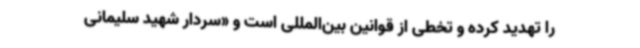
را تهدید کرده و تخطی از قوانین بین‌المللی است و «سردار شهید سلیمانی